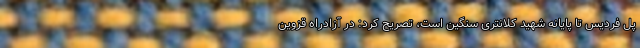
پل فردیس تا پایانه شهید کلانتری سنگین است، تصریح کرد: در آزادراه قزوین